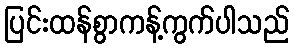
ပြင်းထန်စွာကန့်ကွက်ပါသည်